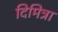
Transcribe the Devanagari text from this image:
दिमित्रा